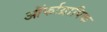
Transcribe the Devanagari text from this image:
ऑर्फाग्रापिक